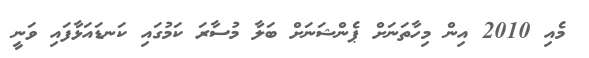
މެއި 2010 އިން މިހާތަނަށް ޕެންޝަނަށް ބަލާ މުސާރަ ކަމުގައި ކަނޑައަޅާފައި ވަނީ